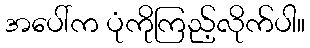
အပေါ်က ပုံကိုကြည့်လိုက်ပါ။